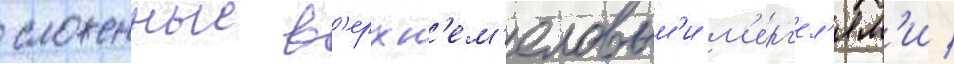
сложенные в'ерхн'ем'еловым'и м'ерг'ел'ям'и /